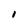
Character: I